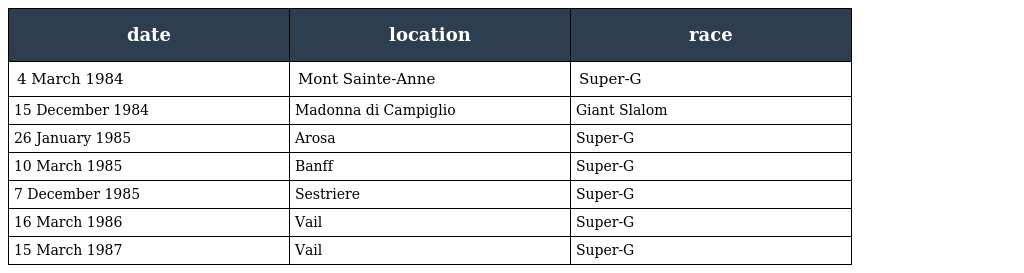
| date | location | race |
 | --- | --- | --- |
 | 4 March 1984 | Mont Sainte-Anne | Super-G |
 | 15 December 1984 | Madonna di Campiglio | Giant Slalom |
 | 26 January 1985 | Arosa | Super-G |
 | 10 March 1985 | Banff | Super-G |
 | 7 December 1985 | Sestriere | Super-G |
 | 16 March 1986 | Vail | Super-G |
 | 15 March 1987 | Vail | Super-G |